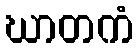
ဃာတကံ